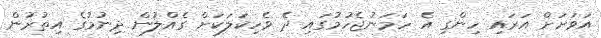
އަވަށަށް އަރައި ހިންގި އެ ހަމަނުޖެހުމުގައި ދެ ވެހިކަލަކަށް ގެއްލުން ދިނުމުގެ އިތުރުން